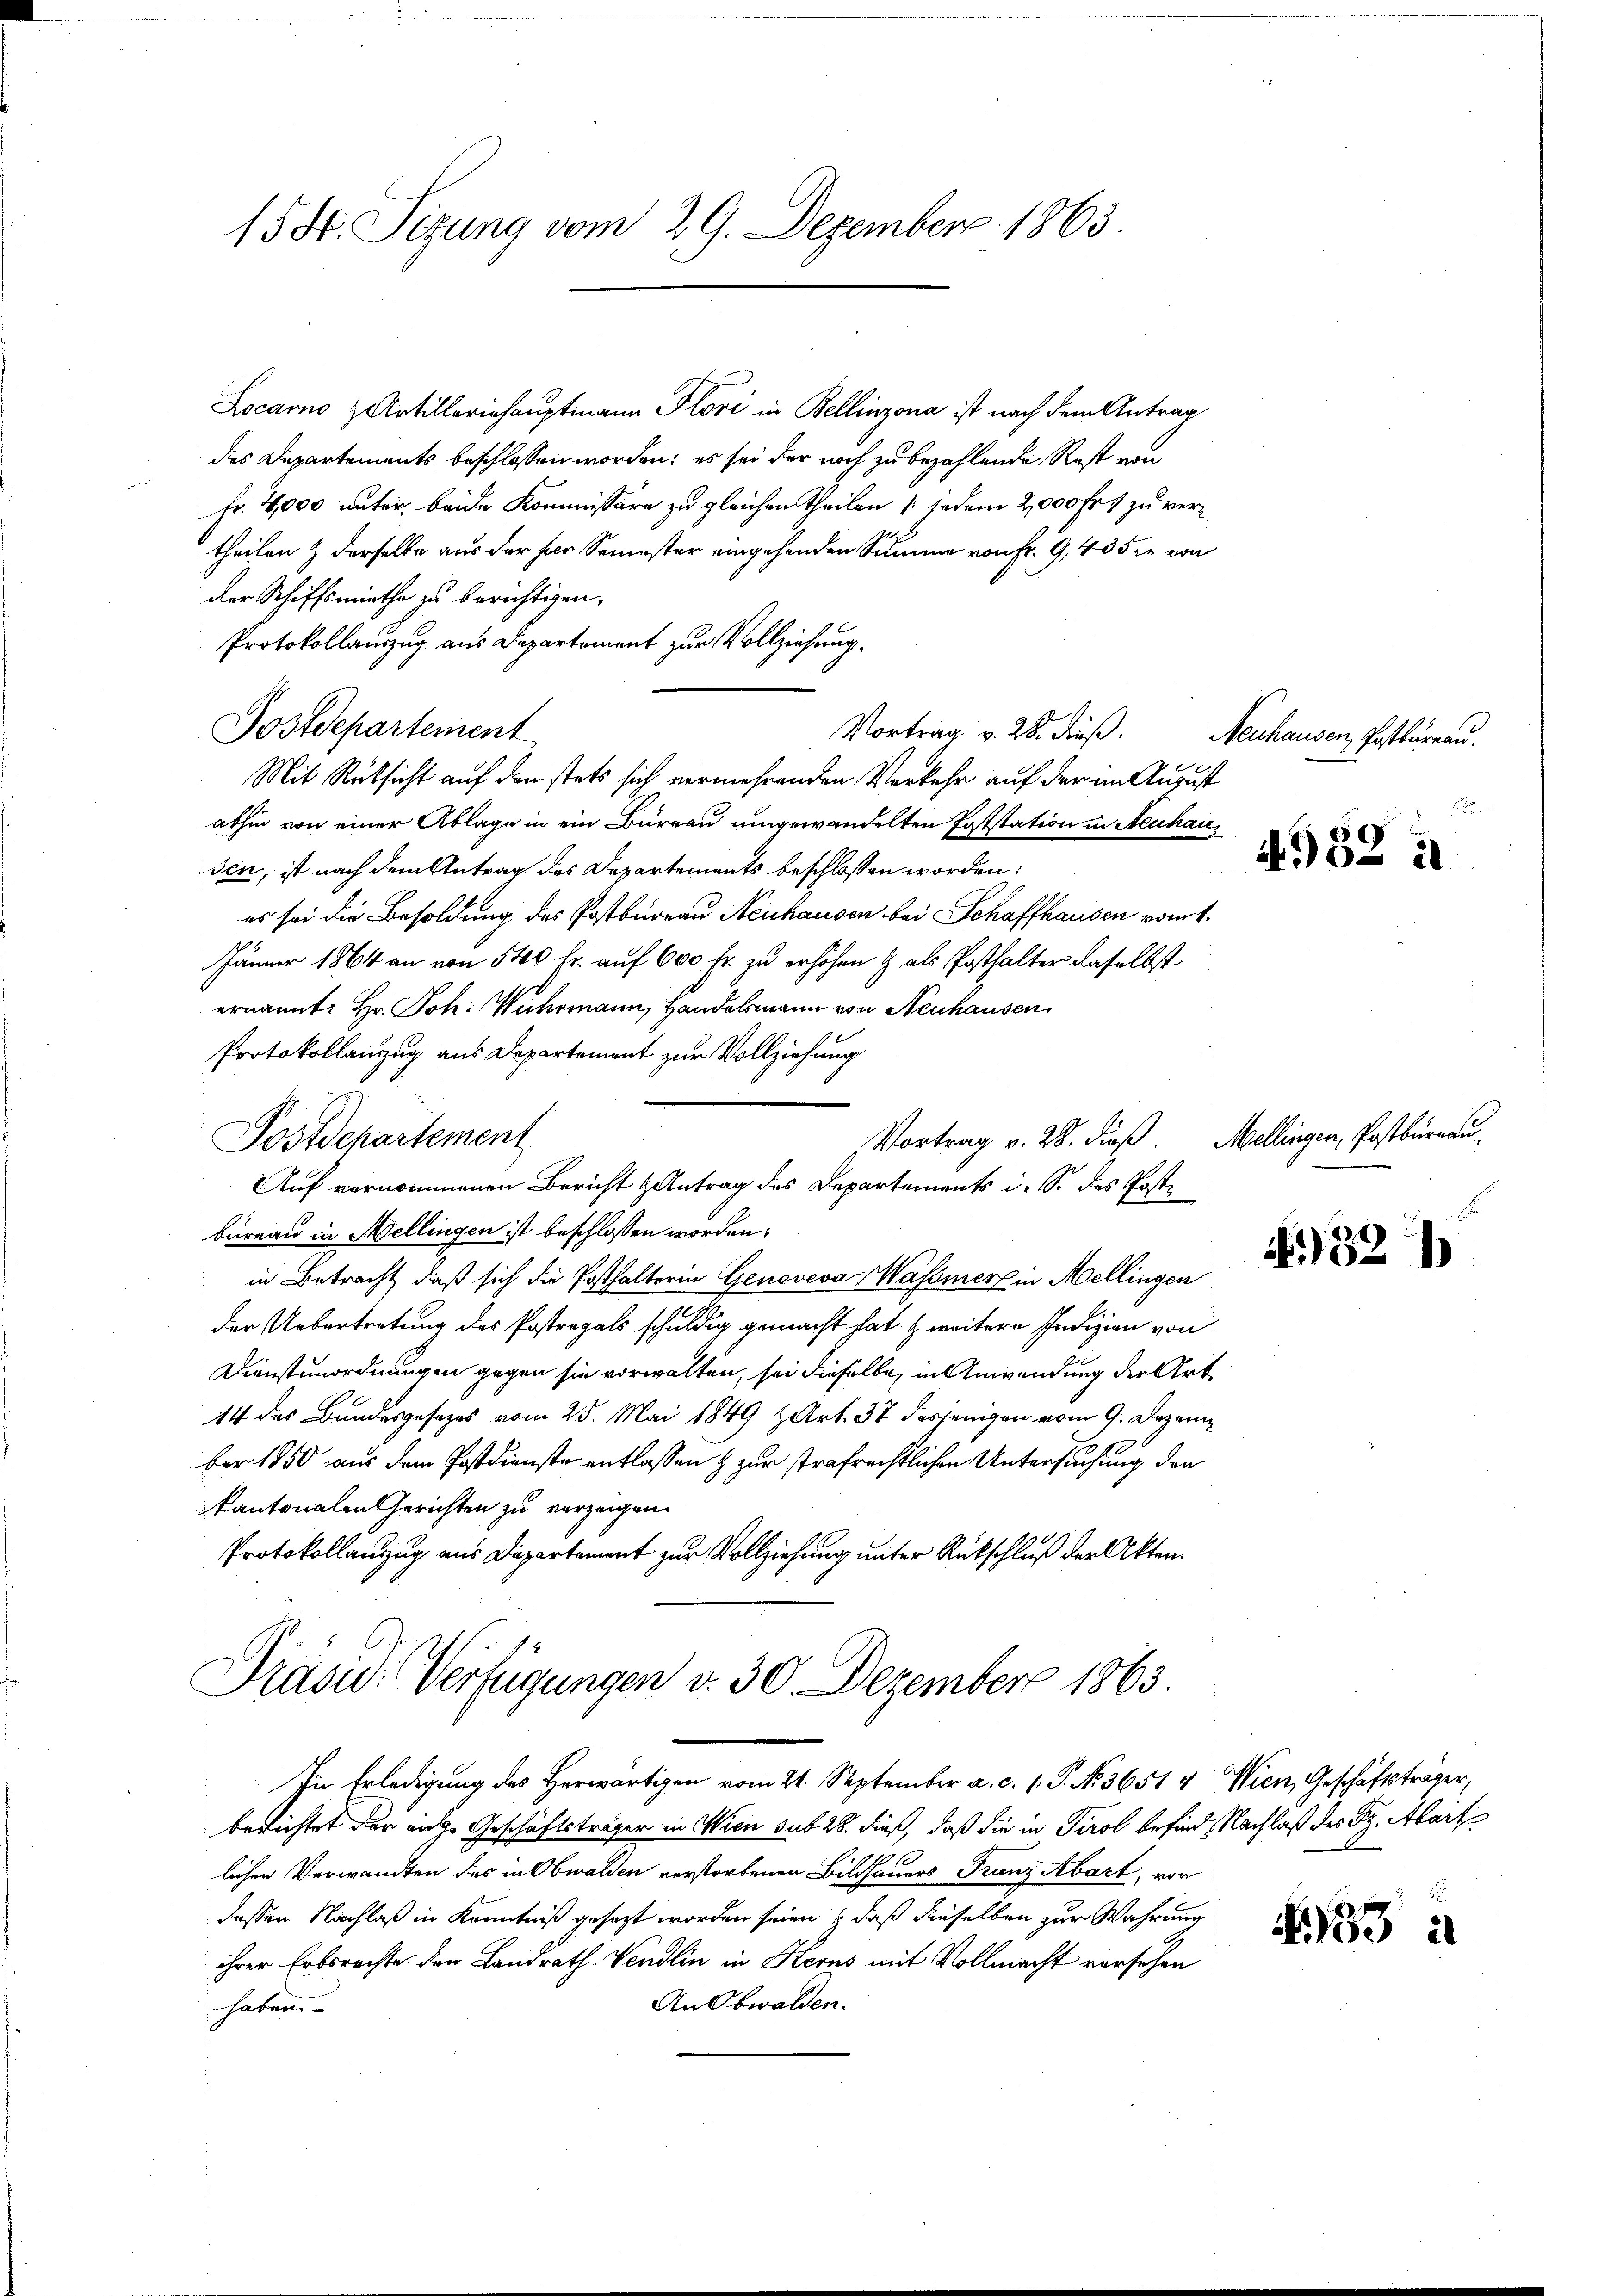
15 Fr. Sitzung vom 29. Dezember 1863.

Locarno & Artilleriehauptmann Flori in Bellinzona ist nach dem Antrag
des Departements beschlossen worden; es sei der noch zu bezahlende Rest von
fr. 4,000 unter beide Kommissäre zu gleichen Theilen jedem 2,000 Fr. 1 zu vertheilen & derselbe aus der per Semester eingehenden Summe von Fr. 9, 435. von
der Schiffsmiethe zu berichtigen.
Protokollauszug aus Departement zur Vollziehung.
Postdepartement
Vortrag v. 28. dieß.
Mit Rüksicht auf den stets sich vermehrenden Verkehr auf der im August
abhin von einer Ablage in ein Büreau umgewandelten Poststation in Neuhausen, ist nach dem Antrag des Departements beschlossen worden:
es sei die Besoldung des Postbüreau Neuhausen bei Schaffhausen vom 1.
Jänner 1864 an von 540 fr. auf 600 Fr. zu erhöhen & als Posthalter daselbst
ernannt: Hr. Joh. Wuhrmann, Handelsmann von Neuhausen
Protokollauszug aus Departement zur Vollziehung
Vortrag v. 28. dieß. Mellingen, Postburgau.
Postschartement
Auf vernommenen Bericht Antrag des Departements i. S. des Poste
bureau in Mellingen ist beschlossen worden:
in Betracht, daß sich die Posthalterin Genoveva assier in Mellingen
der Uebertretung des Postregals schuldig gemacht hat zweitere Indizien von
Dienstunordnungen gegen sie vorwalten, sei dieselbe, in Anwendung der Art¬
14 des Bundesgesezes vom 25. Mai 1849 z Art. 37 desjenigen vom 9. Dezem
ber 1850 aus dem Postdienste entlassen & zur strafrechtlichen Untersuchung der
Kantonalen Gerichten zu verzeigen.
Protokollanzug aus Departement zur Vollziehung unter Rückschluß der Akten.
Präsid. Verfügungen v. 30. Dezember 1863.

In Erledigung des Herwärtigen vom 21. September a. c. 1. P. N. 36514 Wien, Geschäftsträger,

berichtet der eige Geschäftsträger in Wien sub 28. dieß, daß die in Tirol besind Nachlaß des B. Alart
lichen Verwandten des in Obwalden verstorbenen Bildhauers Franz Abart, von
dessen Nachlaß in Kenntniß gesezt worden seien & daß dieselben zur Wahrung
ihrer Erbsrechte der Landrath-Vendlin in Kerns mit Vollmacht vorsehen
An Obwalden.
haben.

Neuhausen, Postbureau.

4952 à

952

3